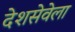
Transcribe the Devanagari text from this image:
देशसेवेला